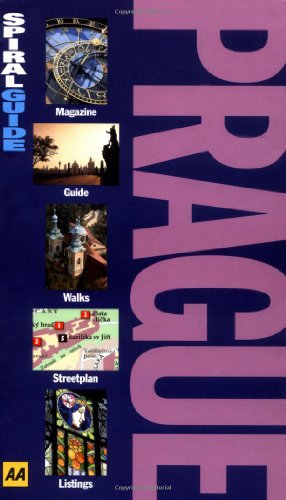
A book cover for Prague (AA Spiral Guides); Jack Altman; Travel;